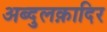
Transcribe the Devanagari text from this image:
अब्दुलक़ादिर